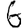
Digit: 6